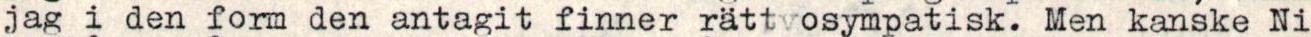
jag i den form den antagit finner rättvosympatisk. Men kanske Ni